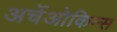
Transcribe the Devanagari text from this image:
अर्चेओकिन्स